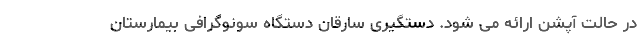
در حالت آپشن ارائه می شود. دستگیری سارقان دستگاه سونوگرافی بیمارستان